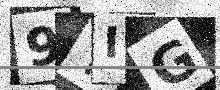
Text: 9YIG